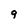
Character: 9